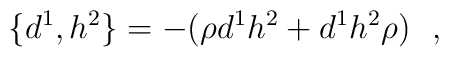
\{ d^{1},h^{2}\} =-(\rho d^{1}h^{2}+d^{1}h^{2}\rho)  \ \ ,